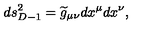
d s _ { D - 1 } ^ { 2 } = { \widetilde g } _ { \mu \nu } d x ^ { \mu } d x ^ { \nu } ,